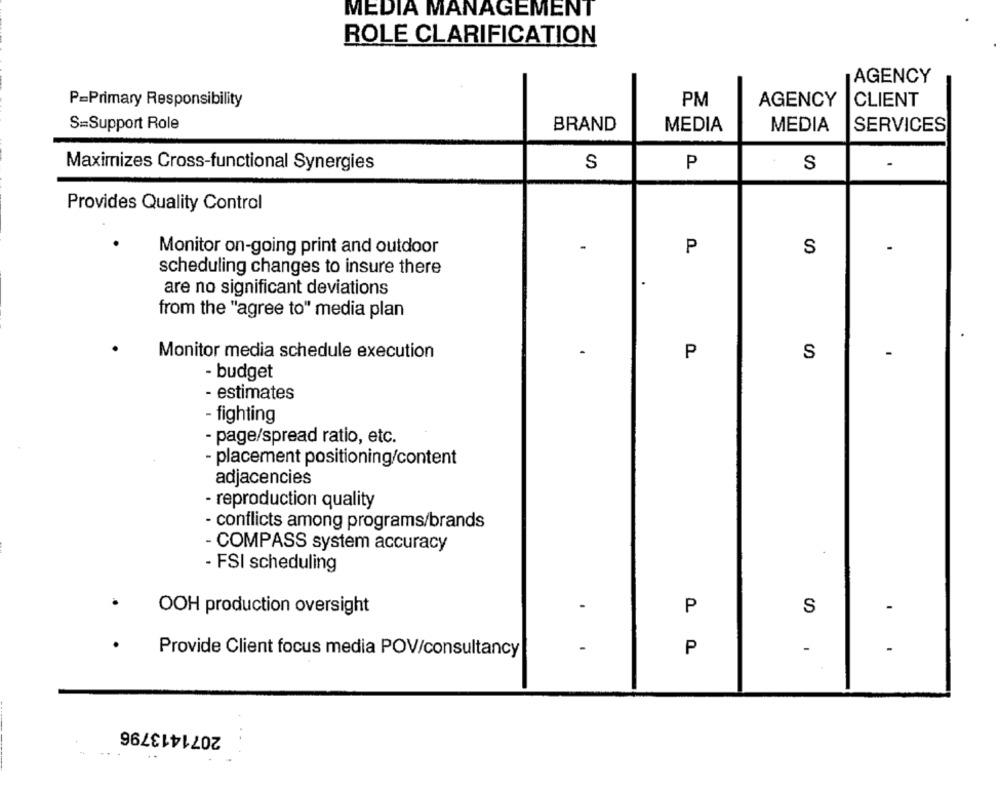
MEDIA MANAGEMENT
ROLE CLARIFICATION
AGENCY
P=Primary Responsibility
PM
AGENCY
CLIENT
S=Support Role
BRAND
MEDIA
MEDIA
SERVICES
Maximizes Cross-functional Synergies
S
P
-
S
Provides Quality Control
Monitor on-going print and outdoor
P
S
-
scheduling changes to insure there
are no significant deviations
from the "agree to" media plan
Monitor media schedule execution
P
S
- budget
- estimates
- fighting
- page/spread ratio, etc.
- placement positioning/content
adjacencies
- reproduction quality
- conflicts among programs/brands
- COMPASS system accuracy
.
- FSI scheduling
P
S
-
OOH production oversight
P
-
Provide Client focus media POV/consultancy
2071413796